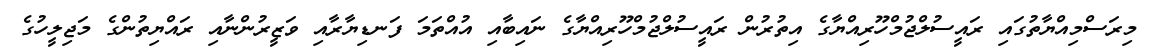
މިރަސްމިއްޔާތުގައި ރައީސުލްޖުމްހޫރިއްޔާގެ އިތުރުން ރައީސުލްޖުމްހޫރިއްޔާގެ ނައިބާއި އުއްތަމަ ފަނޑިޔާރާއި ވަޒީރުންނާއި ރައްޔިތުންގެ މަޖިލީހުގެ